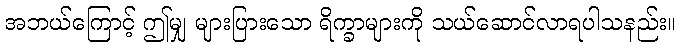
အဘယ်ကြောင့် ဤမျှ များပြားသော ရိက္ခာများကို သယ်ဆောင်လာရပါသနည်း။